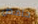
حامض